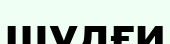
шұлғи